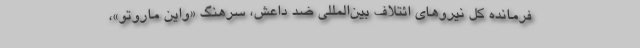
فرمانده کل نیروهای ائتلاف بین‌المللی ضد داعش، سرهنگ «واین ماروتو»،